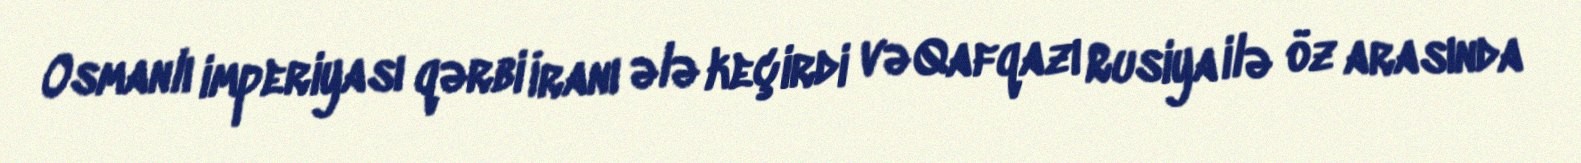
Osmanlı imperiyası qərbi İranı ələ keçirdi və Qafqazı Rusiya ilə öz arasında